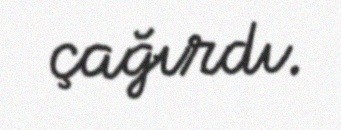
çağırdı.